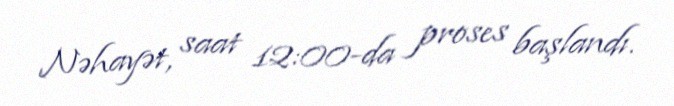
Nəhayət, saat 12:00-da proses başlandı.